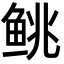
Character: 𬶐